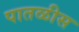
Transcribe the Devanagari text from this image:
पातळीस